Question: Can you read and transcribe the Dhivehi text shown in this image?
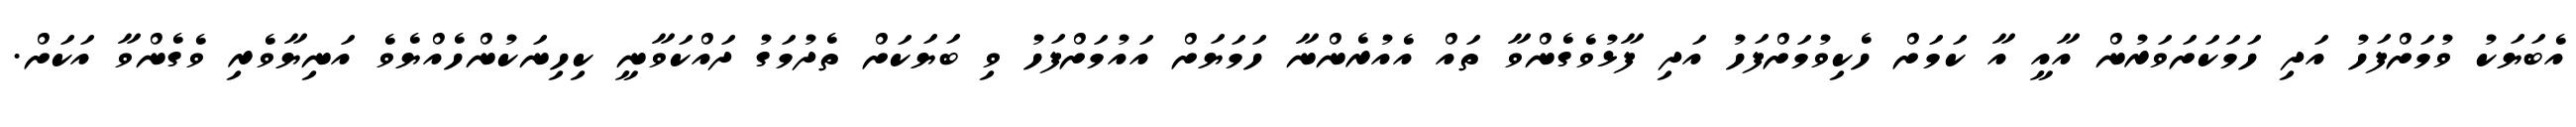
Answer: އެބަޔަކު ވުމަށްފަހު އަދި ހަމަކަށަވަރުން އާއީ އާ ކަމަށް ހެކިވުމަށްފަހު އަދި ފާޅުވެގެންވާ ތައް އެއުރެންނާ ހަމަޔަށް އައުމަށްފަހު ވި ބަޔަކަށް ތެދުމަގު ދައްކަވާނީ ކިހިނަކުންހެއްޔެވެ އަނިޔާވެރި ވެގެންވާ އަކަށް.